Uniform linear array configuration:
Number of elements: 16
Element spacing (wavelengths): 0.25
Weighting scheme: cosine
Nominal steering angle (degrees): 15
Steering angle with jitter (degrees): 13.442
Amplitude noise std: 0.05
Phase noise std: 0.05

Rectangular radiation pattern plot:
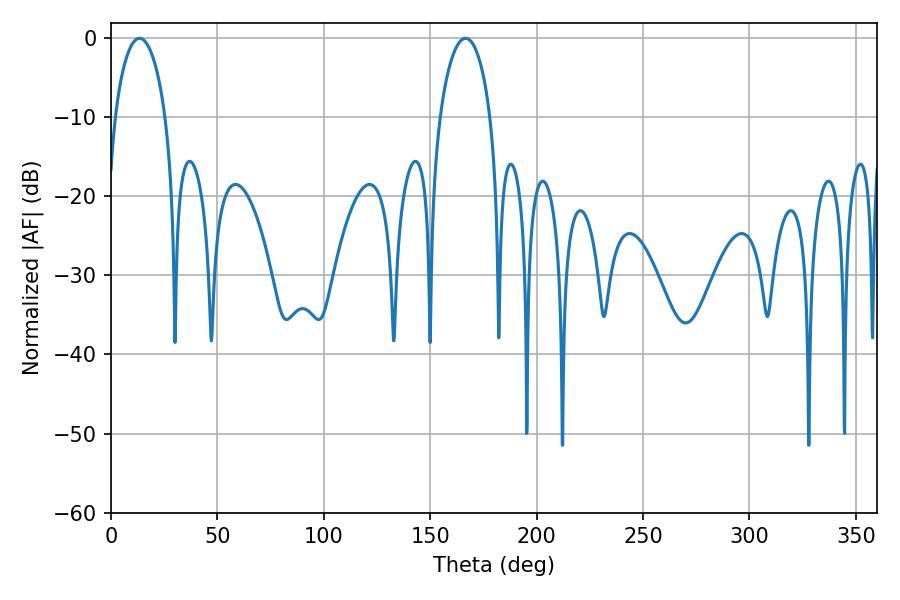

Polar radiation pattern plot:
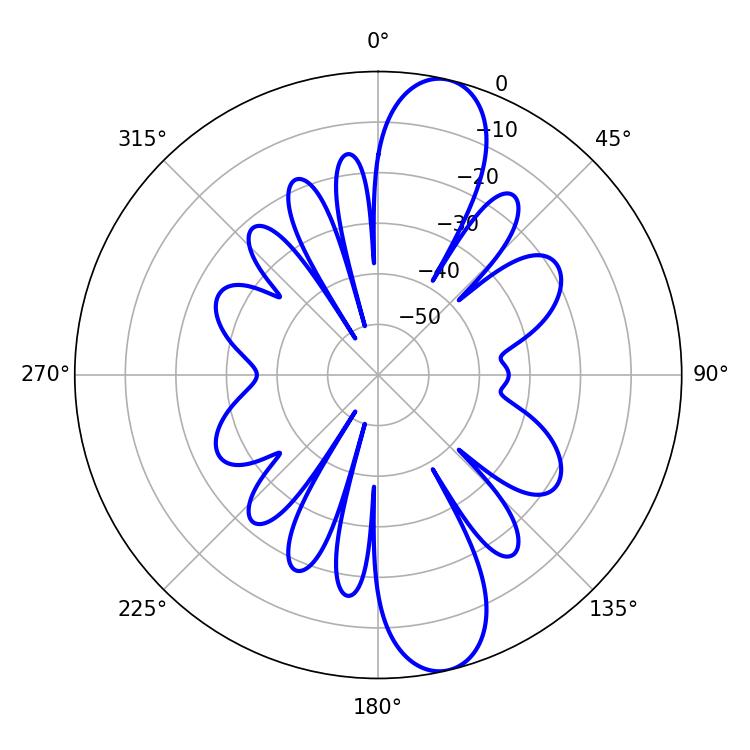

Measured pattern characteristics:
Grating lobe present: FALSE
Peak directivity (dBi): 12.191
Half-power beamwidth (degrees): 13.68
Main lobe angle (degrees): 13.32